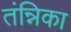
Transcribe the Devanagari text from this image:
तंन्निका